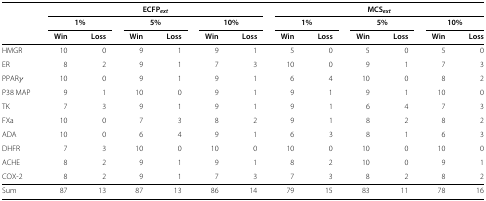
<table><thead><tr><td><b> </b></td><td colspan="6"><b>ECFP<sub><i>ext</i></sub></b></td><td colspan="6"><b>MCS<sub><i>ext</i></sub></b></td></tr><tr><td><b> </b></td><td colspan="2"><b>1%</b></td><td colspan="2"><b>5%</b></td><td colspan="2"><b>10%</b></td><td colspan="2"><b>1%</b></td><td colspan="2"><b>5%</b></td><td colspan="2"><b>10%</b></td></tr><tr><td><b> </b></td><td><b>Win</b></td><td><b>Loss</b></td><td><b>Win</b></td><td><b>Loss</b></td><td><b>Win</b></td><td><b>Loss</b></td><td><b>Win</b></td><td><b>Loss</b></td><td><b>Win</b></td><td><b>Loss</b></td><td><b>Win</b></td><td><b>Loss</b></td></tr></thead><tbody><tr><td>HMGR</td><td>10</td><td>0</td><td>9</td><td>1</td><td>9</td><td>1</td><td>5</td><td>0</td><td>5</td><td>0</td><td>5</td><td>0</td></tr><tr><td>ER</td><td>8</td><td>2</td><td>9</td><td>1</td><td>7</td><td>3</td><td>10</td><td>0</td><td>9</td><td>1</td><td>7</td><td>3</td></tr><tr><td>PPAR <i>γ</i></td><td>10</td><td>0</td><td>9</td><td>1</td><td>9</td><td>1</td><td>6</td><td>4</td><td>10</td><td>0</td><td>8</td><td>2</td></tr><tr><td>P38 MAP</td><td>9</td><td>1</td><td>10</td><td>0</td><td>9</td><td>1</td><td>9</td><td>1</td><td>9</td><td>1</td><td>10</td><td>0</td></tr><tr><td>TK</td><td>7</td><td>3</td><td>9</td><td>1</td><td>9</td><td>1</td><td>9</td><td>1</td><td>6</td><td>4</td><td>7</td><td>3</td></tr><tr><td>FXa</td><td>10</td><td>0</td><td>7</td><td>3</td><td>8</td><td>2</td><td>9</td><td>1</td><td>8</td><td>2</td><td>8</td><td>2</td></tr><tr><td>ADA</td><td>10</td><td>0</td><td>6</td><td>4</td><td>9</td><td>1</td><td>6</td><td>3</td><td>8</td><td>1</td><td>6</td><td>3</td></tr><tr><td>DHFR</td><td>7</td><td>3</td><td>10</td><td>0</td><td>10</td><td>0</td><td>10</td><td>0</td><td>10</td><td>0</td><td>10</td><td>0</td></tr><tr><td>ACHE</td><td>8</td><td>2</td><td>9</td><td>1</td><td>9</td><td>1</td><td>8</td><td>2</td><td>10</td><td>0</td><td>9</td><td>1</td></tr><tr><td>COX-2</td><td>8</td><td>2</td><td>9</td><td>1</td><td>7</td><td>3</td><td>7</td><td>3</td><td>8</td><td>2</td><td>8</td><td>2</td></tr><tr><td>Sum</td><td>87</td><td>13</td><td>87</td><td>13</td><td>86</td><td>14</td><td>79</td><td>15</td><td>83</td><td>11</td><td>78</td><td>16</td></tr></tbody></table>